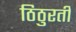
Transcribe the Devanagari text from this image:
ठिठुरती